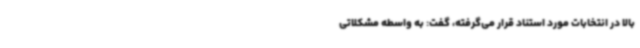
بالا در انتخابات مورد استناد قرار می‌گرفته، گفت: به واسطه مشکلاتی